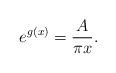
LaTeX: \begin{align*}e^{g(x)}= \frac{A}{\pi x}.\end{align*}